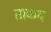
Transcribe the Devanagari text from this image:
ताकय